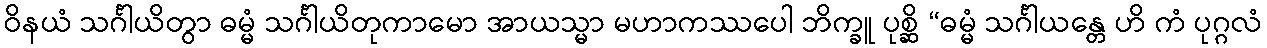
ဝိနယံ သင်္ဂါယိတွာ ဓမ္မံ သင်္ဂါယိတုကာမော အာယသ္မာ မဟာကဿပေါ ဘိက္ခူ ပုစ္ဆိ “ဓမ္မံ သင်္ဂါယန္တေ ဟိ ကံ ပုဂ္ဂလံ